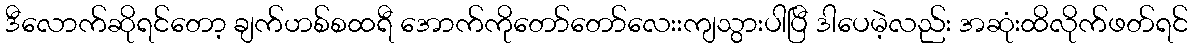
ဒီလောက်ဆိုရင်တော့ ချက်ဟစ်စထရီ အောက်ကိုတော်တော်လေးးကျသွားပါပြီ ဒါပေမဲ့လည်း အဆုံးထိလိုက်ဖတ်ရင်